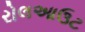
રોલઆઉટ